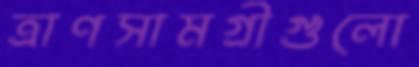
ত্রাণসামগ্রীগুলো